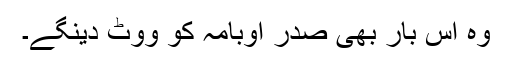
وہ اس بار بھی صدر اوبامہ کو ووٹ دینگے۔